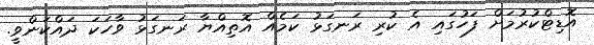
އޮޑިޓްކުރުމަށް ފަހުގައި އެ ކުރި ރަނގަޅު ކަމެއް އޮތިއްޔާ ރަނގަޅު ވާހަކަ ދައްކަންވީ.